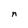
Character: n